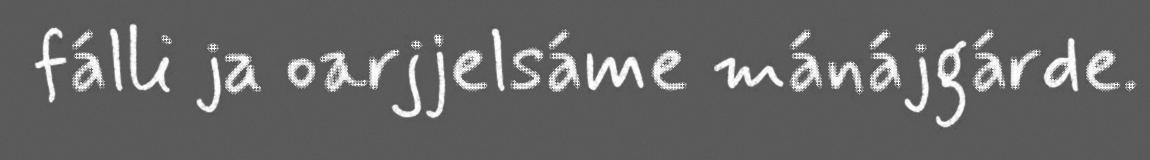
fálli ja oarjjelsáme mánájgárde.